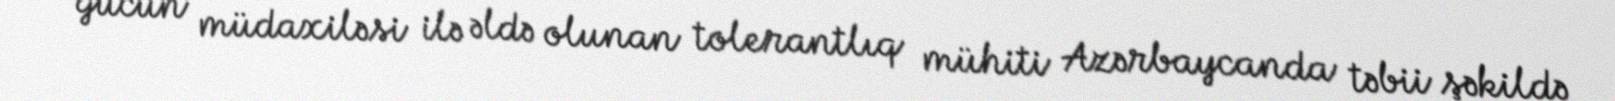
gücün müdaxiləsi ilə əldə olunan tolerantlıq mühiti Azərbaycanda təbii şəkildə